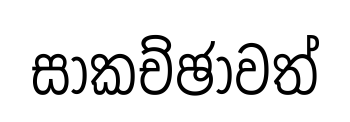
සාකච්ඡාවත්